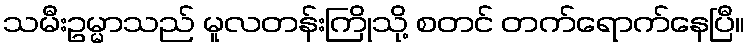
သမီးဥမ္မာသည် မူလတန်းကြိုသို့ စတင် တက်ရောက်နေပြီ။